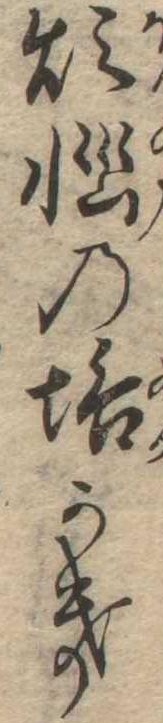
煩悩の垢かき